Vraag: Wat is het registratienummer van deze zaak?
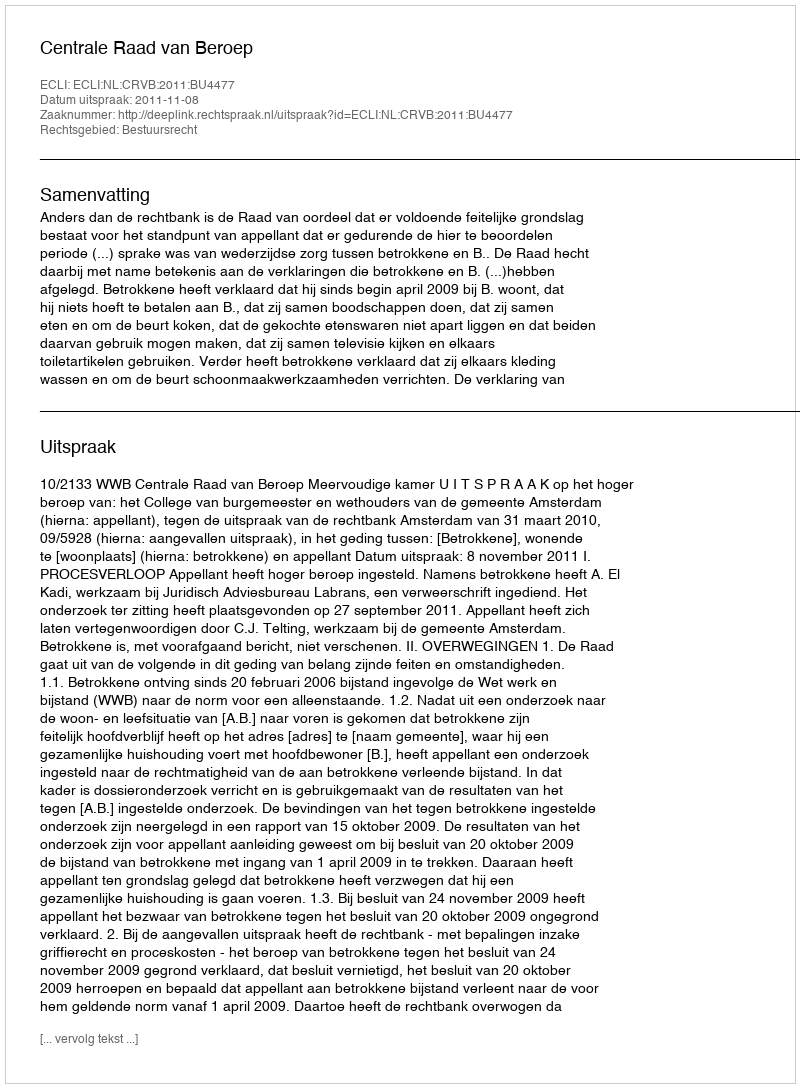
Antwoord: http://deeplink.rechtspraak.nl/uitspraak?id=ECLI:NL:CRVB:2011:BU4477